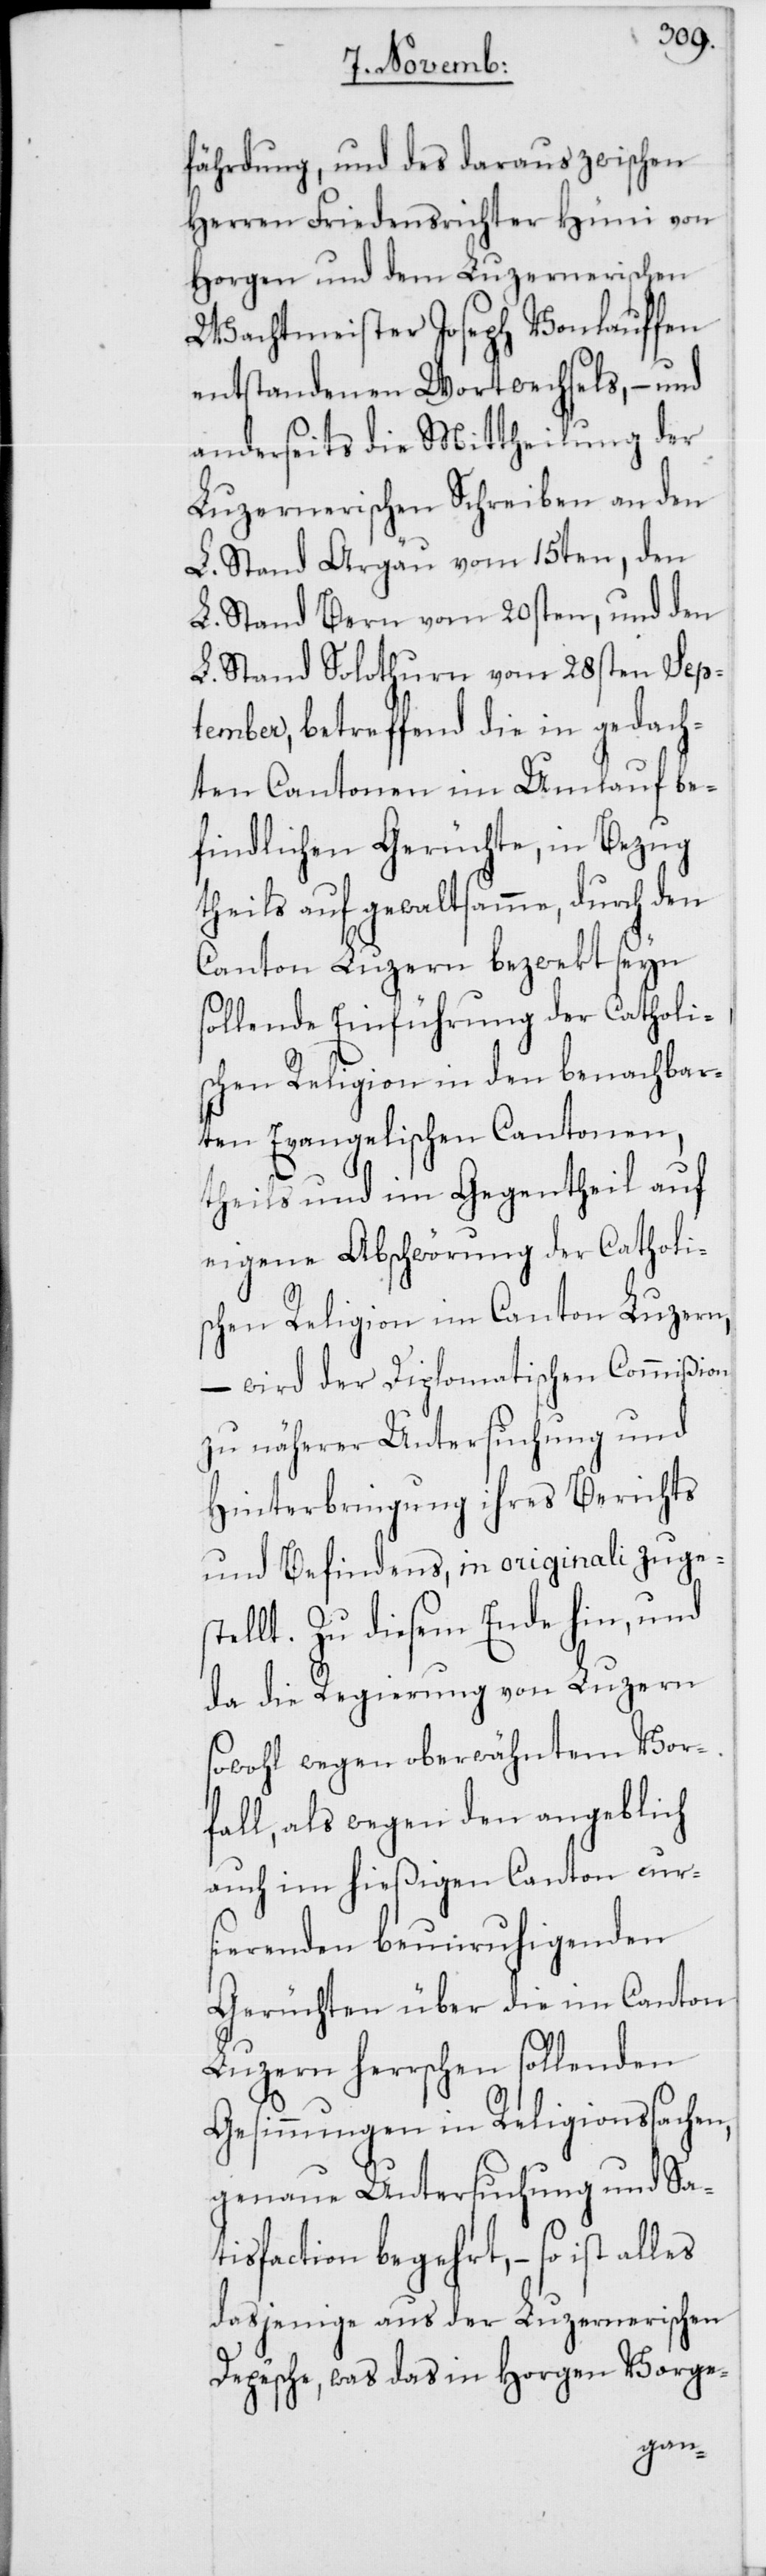
fährdung, und des daraus zwischen
Herren Friedensrichter Hüni von
Horgen und dem Luzernerischen
Wachtmeister Joseph Vonlauffen
entstandenen Wortwechsels, – und
anderseits die Mittheilung der
Luzernerischen Schreiben an den
L. Stand Argau vom 15ten, den
L. Stand Bern vom 20sten, und den
L. Stand Solothurn vom 28sten Sep¬
tember, betreffend die in gedach¬
ten Cantonen im Umlauf be¬
findlichen Gerüchte, in Bezug
theils auf gewaltsamme, durch den
Canton Luzern bezwekt seyn
sollende Einführung der Catholi¬
schen Religion in den benachbar¬
ten Evangelischen Cantonen,
theils und im Gegentheil auf
eigene Abschwörung der Catholi¬
schen Religion im Canton Luzern,
– wird der Diplomatischen Commißion
zu näherer Untersuchung und
Hinterbringung ihres Berichts
und Befindens, in originali zuge¬
stellt. Zu diesem Ende hin, und
da die Regierung von Luzern
sowohl wegen oberwähntem Vor¬
fall, als wegen den angeblich
auch im hießigen Canton curs¬
ierenden beunruhigenden
Gerüchten über die im Canton
Luzern herrschen sollenden
Gesinnungen in Religionssachen,
genaue Untersuchung und Sa¬
tisfaction begehrt, – so ist alles
dasjenige aus der Luzernerischen
Depêche, was das in Horgen Vorge-